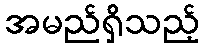
အမည်ရှိသည့်